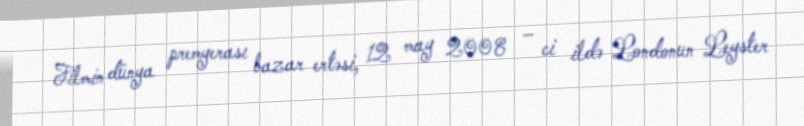
Filmin dünya premyerası bazar ertəsi, 12 may 2008 – ci ildə Londonun Leyster